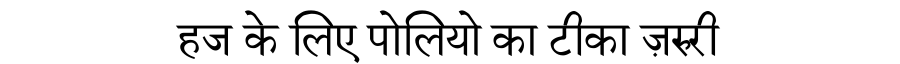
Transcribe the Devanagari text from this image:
हज के लिए पोलियो का टीका ज़रुरी